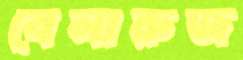
বেলারুজ